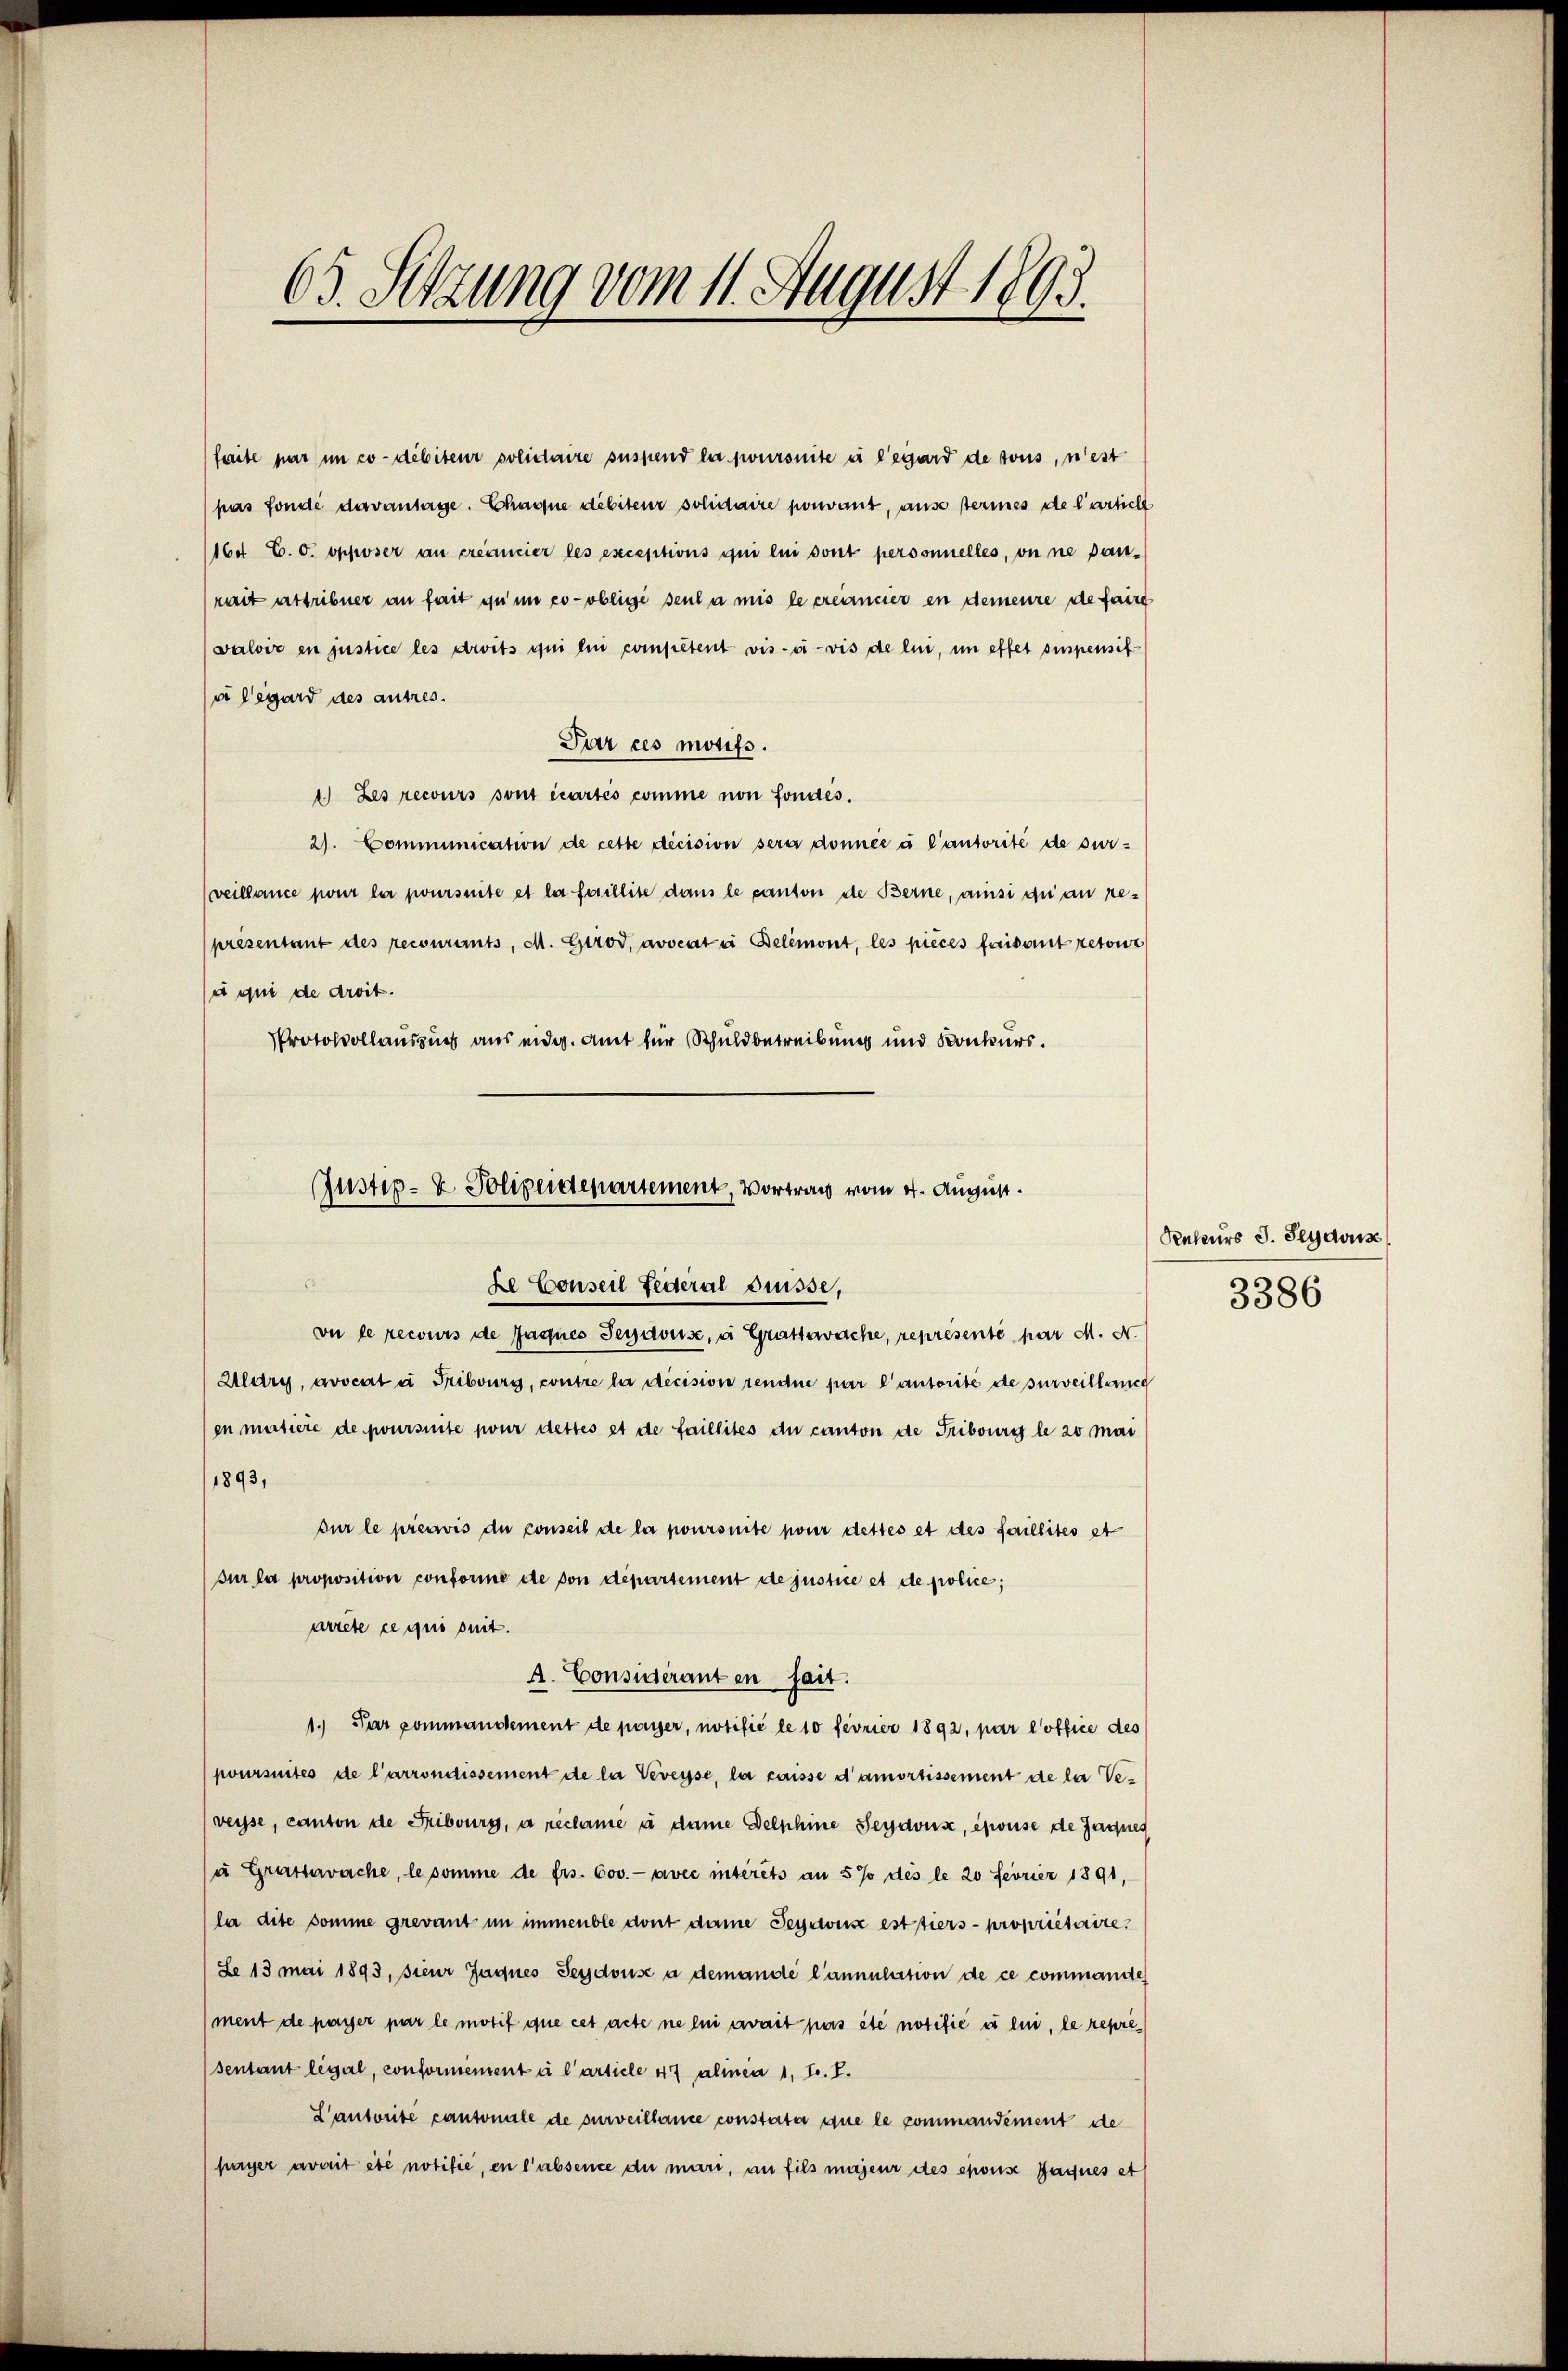
65. Setzung vom 11. August 1893.

faite par in co-débiteur solidaire suspend la joursuite en legard de sous, n’est
pas fonde devantage. Chaque debiteur solidaire pouvant, aus sermes de l’articht
164 C. c. opposer au créancier les exceptions qui lui sont personnelles, on ne pan-
rait attribuer an fait zu in co-oblige seul a mis le créancier in demeure de faire
walviz in justice les droits qui lui competent vis-à-vis de lui, in effet simpensit
u legard des autres.
Par ces motifs.
1) Les recours sont écartés comme non fondés.
2). Communication de cette décision sera donnée à l’autorité de sur-
(veillance pour la poursuite et la faillite dans le canton de Berne, ansi du an representant des recourants, M. Girod, avocatu Delémont, les pièces faisait retour
u qui de droit.
Protokollauszug aus endig. Amt für Schuldbetreibung und Konkurs.

Justiz- & Polizeidepartement, Vortrag vom 4. August.
Le Conseil Federal Suisse,
vu le recours de Jaques Gersaouse, a Gratswache, représenté par M. N.

Alary, avocat u Fribourg, contre la décision rendue par l’autorité de surveillan
en matière de joursuite pour dettes et de faillites du canton de Tribourg le 20 mai
1893,
sur le préavis du conseil de la poursuite pour dettes et des faillites st
sur la proposition conforme de von département de justice et de police;
arrete ce qui suit.
A. Considérant en fait.
1. Par commandement de payer, notifié le 10 fevrier 1892, par l’office des
poursuites de l’arrondissement de la Veveyse, la caisse d’amortissement de la Veveysse, canton de Fribourg, a reclame à dame Delphine Seyavus, épouse de Jagnes
u Grasserache, le somme de frs. 600.- avec intérêts an 5% des le 20 Fevrier 1891,
(la dite somme grevant in immenble dont dame Seyeouse est tiers - propriétaire,
(Le 13 mai 1893, sieur Jaques Seydouse a demande l’annulation de ce commande
ment de payer par le motif que cet acte ne lui avait pas été notifié is lui, le representant legal, conformement à l’article 47 alinea 1, F. I.
L’autorite cantonale de surveillance constata que le commandement de
pager avait été notifie, en l'absence du mari, an fils majeur des épouse Jaques et

Rekurs J. Segavis
3386